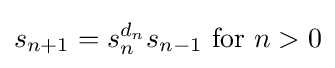
s_{n+1}=s_{n}^{d_{n}}s_{n-1}{\text{ for }}n>0